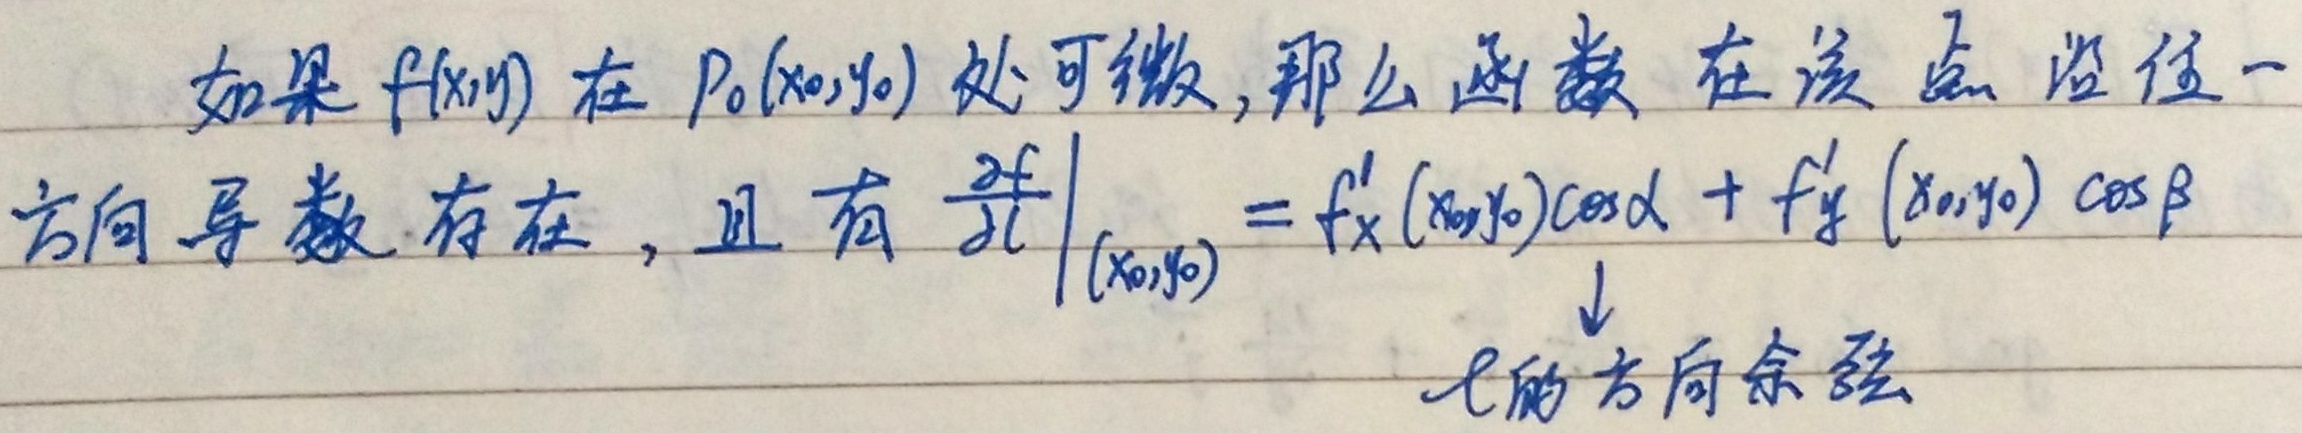
如果\(f(x,y)\)在\(P_0(x_0,y_0)\)处可微，那么函数在该点沿任一方向导数存在，且有\(\left.\frac{\partial f}{\partial l}\right|_{(x_0,y_0)} = f_x'(x_0,y_0)\cos\alpha + f_y'(x_0,y_0)\cos\beta\)，其中\(\cos\alpha\)、\(\cos\beta\)为\(l\)的方向余弦。